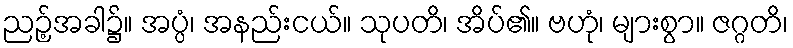
ညဉ့်အခါ၌။ အပ္ပံ၊ အနည်းငယ်။ သုပတိ၊ အိပ်၏။ ဗဟုံ၊ များစွာ။ ဇဂ္ဂတိ၊